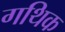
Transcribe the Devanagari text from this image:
गथिक